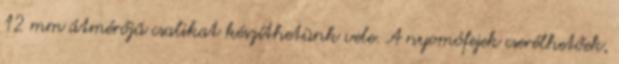
12 mm átmérőjű csalikat készíthetünk vele. A nyomófejek cserélhetőek,